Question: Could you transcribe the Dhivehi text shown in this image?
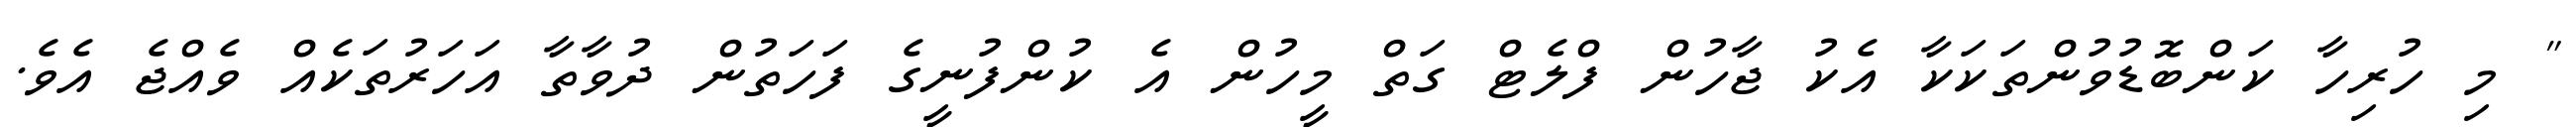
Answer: " މި ހުރިހާ ކަންބޮޑުވުންތަކަކާ އެކު ޖާހުން ފްލެޓް ގަތް މީހުން އެ ކުންފުނީގެ ފަހަތުން ދުވާތާ އަހަރުތަކެއް ވެއްޖެ އެވެ.